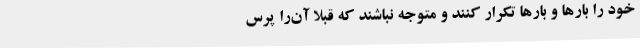
خود را بارها و بارها تکرار کنند و متوجه نباشند که قبلاً آن‌را پرس